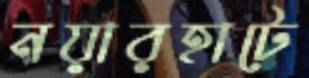
নয়ারহাটে